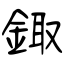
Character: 鋷